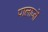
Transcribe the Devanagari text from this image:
पालाजो